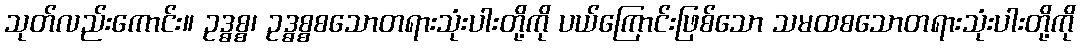
သုတ်လည်းကောင်း။ ဥဒ္ဓစ္စ၊ ဥဒ္ဓစ္စစသောတရားသုံးပါးတို့ကို ပယ်ကြောင်းဖြစ်သော သမထစသောတရားသုံးပါးတို့ကို